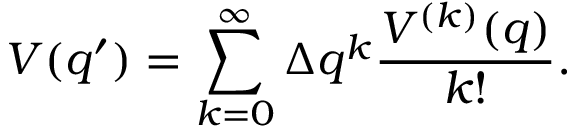
V ( q ^ { \prime } ) = \sum _ { k = 0 } ^ { \infty } \Delta q ^ { k } \frac { V ^ { ( k ) } ( q ) } { k ! } .